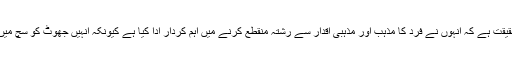
ان ناقدین نے شعر و ادب کو کیا دیا یہ ایک مختلف فیہ موضوع ہے مگر یہ متفقہ حقیقت ہے کہ انہوں نے فرد کا مذہب اور مذہبی اقدار سے رشتہ منقطع کرنے میں اہم کردار ادا کیا ہے کیونکہ انہیں جھوٹ کو سچ میں ملفوف کرنے یا بالفاظِ دیگر زہر کو شوگر کو ٹیڈ بنا کر پیش کرنے کا ہنر آتا ہے۔